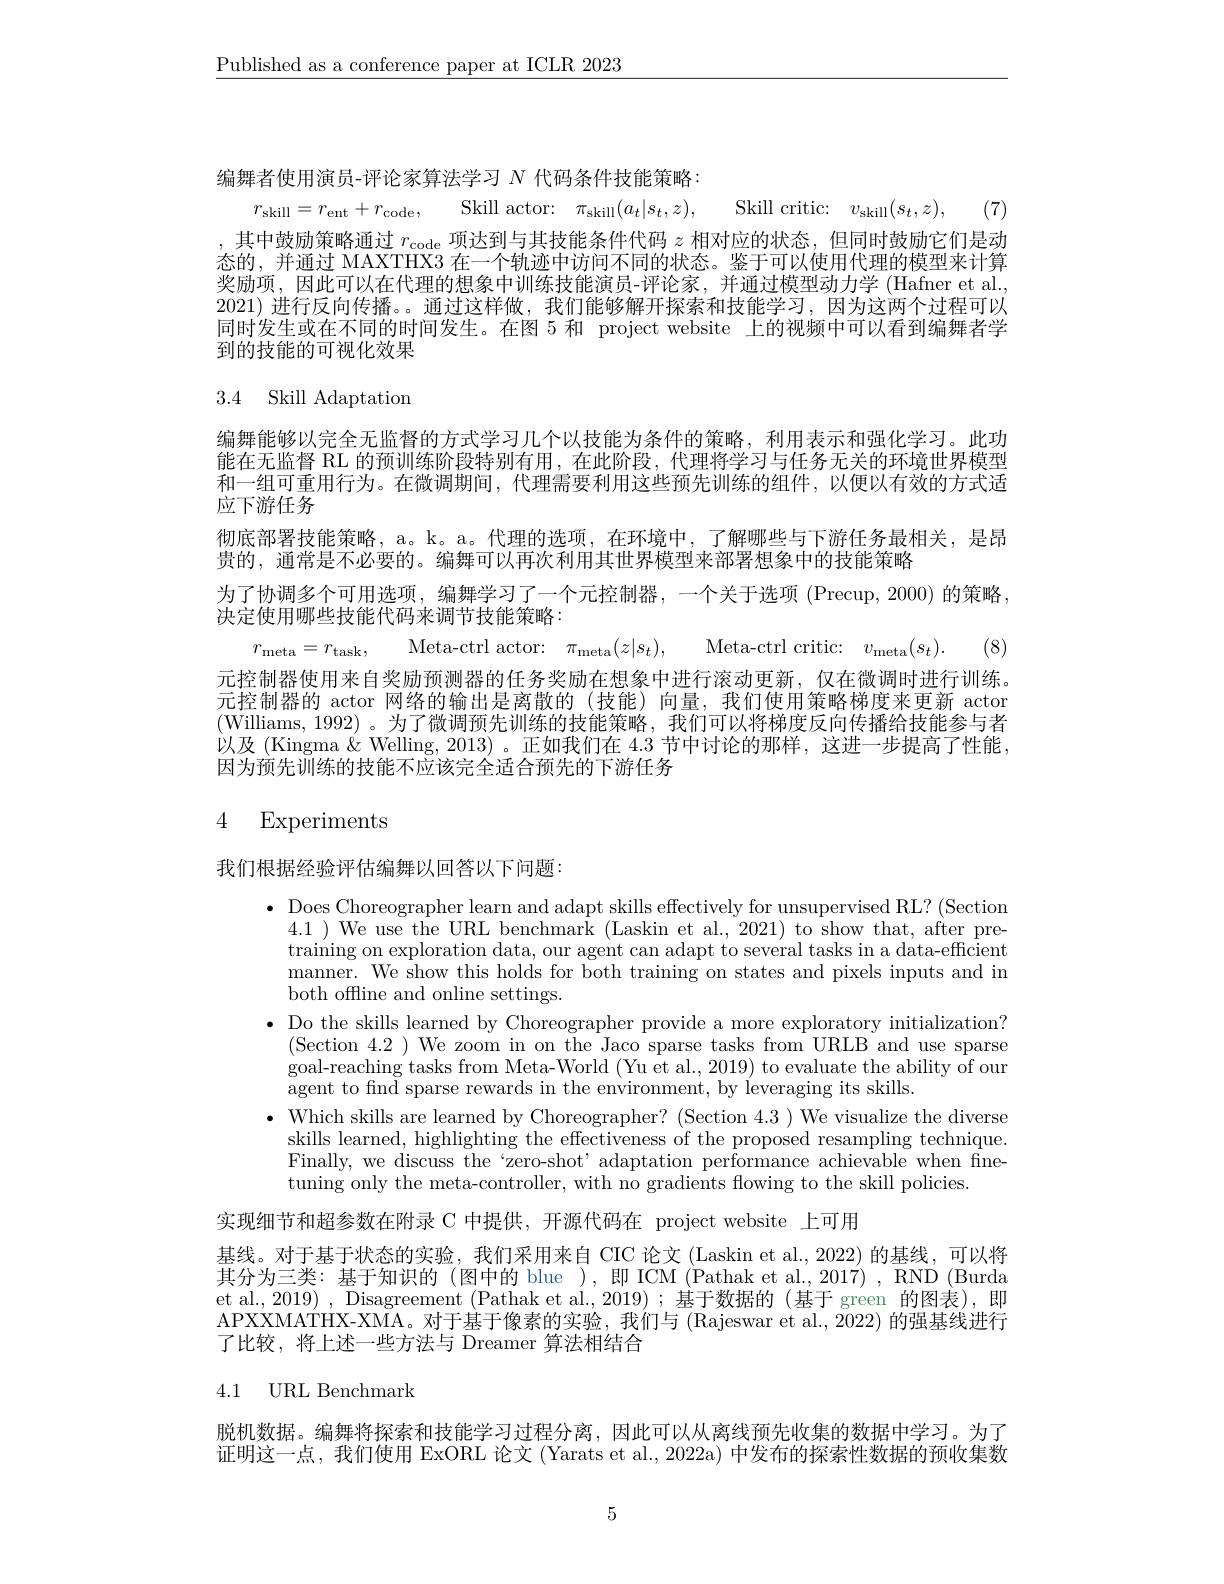
$\underline{\text{Published as a conference paper at ICLR 2023}}$

编舞者使用演员-评论家算法学习$N$代码条件技能策略：
$r_{\mathrm{skill}}= r_{\mathrm{ent}}+ r_{\mathrm{code}}$, Skill actor:$\pi _\mathrm{skill}( a_t| s_t, z) $, Skill critic:$v_\mathrm{skill}( s_t, z) $, (7)

其中鼓励策略通过$r_\mathrm{code}$项达到与其技能条件代码$z$相对应的状态，但同时鼓励它们是动态的，并通过 MAXTHX3 在一个轨迹中访问不同的状态。鉴于可以使用代理的模型来计算奖励项，因此可以在代理的想象中训练技能演员-评论家，并通过模型动力学 (Hafner et al., 2021) 进行反向传播。。通过这样做，我们能够解开探索和技能学习，因为这两个过程可以同时发生或在不同的时间发生。在图 5 和 project website 上的视频中可以看到编舞者学到的技能的可视化效果

## 3.4 Skill Adaptation

编舞能够以完全无监督的方式学习几个以技能为条件的策略，利用表示和强化学习。此功能在无监督 RL 的预训练阶段特别有用，在此阶段，代理将学习与任务无关的环境世界模型和一组可重用行为。在微调期间，代理需要利用这些预先训练的组件，以便以有效的方式适应下游任务
彻底部署技能策略，a。k。a。代理的选项，在环境中，了解哪些与下游任务最相关，是昂
贵的，通常是不必要的。编舞可以再次利用其世界模型来部署想象中的技能策略
为了协调多个可用选项，编舞学习了一个元控制器，一个关于选项 (Precup,2000) 的策略，
决定使用哪些技能代码来调节技能策略：
$r_{\mathrm{meta}}= r_{\mathrm{task}}$, Meta-ctrl actor:$\pi _\mathrm{meta}( z| s_{t}) $, Meta-ctrl critic:$v_\mathrm{meta}( s_{t}) .$ (8) 元控制器使用来自奖励预测器的任务奖励在想象中进行滚动更新，仅在微调时进行训练。元控制器的 actor 网络的输出是离散的 (技能) 向量，我们使用策略梯度来更新 actor (Williams, 1992)。为了微调预先训练的技能策略，我们可以将梯度反向传播给技能参与者以及 (Kingma $\&$ Welling, 2013)。正如我们在 4.3 节中讨论的那样，这进一步提高了性能， 因为预先训练的技能不应该完全适合预先的下游任务

## 4 Experiments

我们根据经验评估编舞以回答以下问题：

$\bullet$ Does Choreographer learn and adapt skills effectively for unsupervised RL? (Section
4.1 ) We use the URL benchmark (Laskin et al., 2021) to show that, after pretraining on exploration data, our agent can adapt to several tasks in a data-efficient manner. We show this holds for both training on states and pixels inputs and in both offline and online settings.
$\bullet$ Do the skills learned by Choreographer provide a more exploratory initialization?
(Section 4.2 ) We zoom in on the Jaco sparse tasks from URLB and use sparse goal-reaching tasks from Meta-World (Yu et al., 2019) to evaluate the ability of our agent to find sparse rewards in the environment, by leveraging its skills.
$\bullet$ Which skills are learned by Choreographer? (Section 4.3 ) We visualize the diverse
skills learned, highlighting the effectiveness of the proposed resampling technique. Finally, we discuss the“zero-shot’ adaptation performance achievable when finetuning only the meta-controller, with no gradients flowing to the skill policies.

实现细节和超参数在附录 C 中提供，开源代码在 project website 上可用

基线。对于基于状态的实验，我们采用来自 CIC 论文 (Laskin et al.,2022) 的基线，可以将其分为三类：基于知识的 (图中的 blue ),即 ICM (Pathak et al.,2017) , RND (Burda et al., 2019) , Disagreement (Pathak et al.,2019);基于数据的 (基于 green 的图表),即APXXMATHX- XMA。对 于 基 于 像 素 的 实 验 , 我 们 与 ( Rajeswar et al. , 2022) 的强基线进行了比较，将上述一些方法与 Dreamer 算法相结合

4.1 URL Benchmark

脱机数据。编舞将探索和技能学习过程分离，因此可以从离线预先收集的数据中学习。为了证明这一点，我们使用 ExORL 论文 (Yarats et al., 2022a) 中发布的探索性数据的预收集数

5